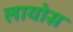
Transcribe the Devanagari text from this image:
लायोस